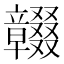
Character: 𥫓